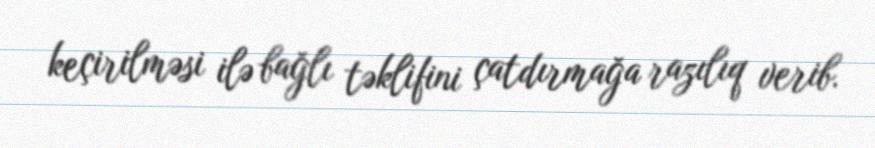
keçirilməsi ilə bağlı təklifini çatdırmağa razılıq verib.